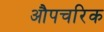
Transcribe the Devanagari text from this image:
औपचरिक